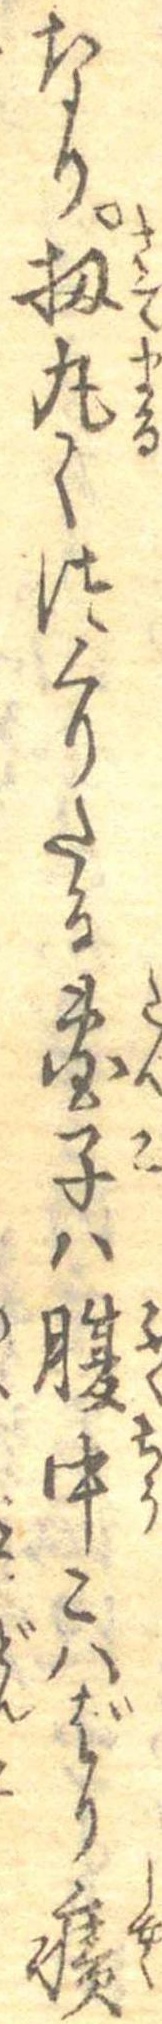
なり扨丸くつくりたる団子は腹中こはばり癪